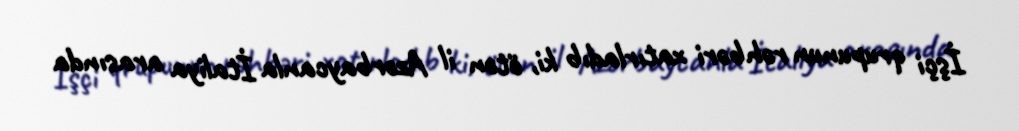
İşçi qrupunun rəhbəri xatırladıb ki, ötən il Azərbaycanla İtaliya arasında